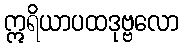
ဣရိယာပထဒုဗ္ဗလော